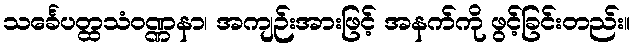
သင်္ခေပတ္ထသံဝဏ္ဏနာ၊ အကျဉ်းအားဖြင့် အနက်ကို ဖွင့်ခြင်းတည်း။